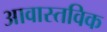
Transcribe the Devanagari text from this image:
आवास्तविक